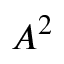
A ^ { 2 }